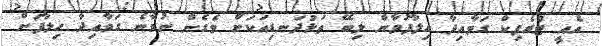
އެއީ ޓްރެފިކް ގަވާއިދާ ހިލާފުވާން ލިބޭ ތަޅުދަނޑިއަކަށް ވެގެން ނުވާނެ ގަވާއިދާ ހިލާފަށް